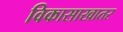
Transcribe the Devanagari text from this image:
विकासाखातर